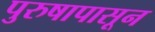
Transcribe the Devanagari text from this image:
पुरुषापासून